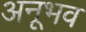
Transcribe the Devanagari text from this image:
अनूभव